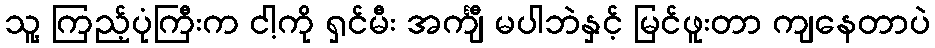
သူ့ ကြည့်ပုံကြီးက ငါ့ကို ရှင်မီး အင်္ကျီ မပါဘဲနှင့် မြင်ဖူးတာ ကျနေတာပဲ